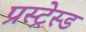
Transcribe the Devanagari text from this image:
प्रस्ट्रेस्ड